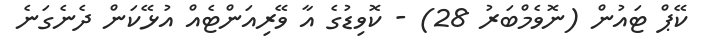
ކޭޕް ޓައުން (ނޮވެމްބަރު 28) - ކޮވިޑުގެ އާ ވޭރިއަންޓެއް އުޅޭކަން ދެނެގަނެ